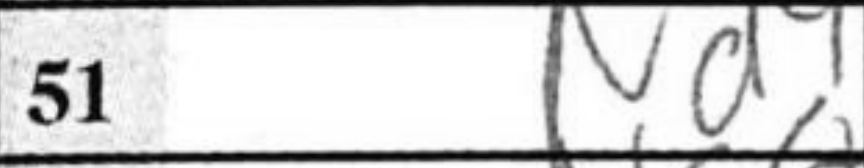
Transcription: Nd4